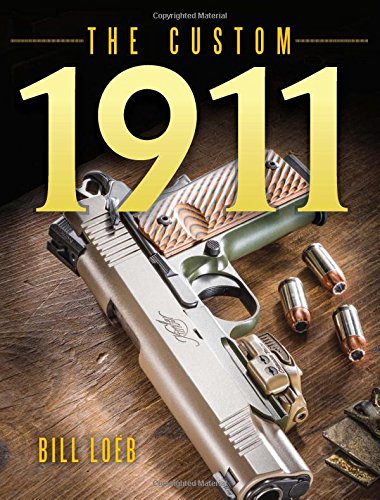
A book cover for The Custom 1911; Bill Loeb; Crafts, Hobbies & Home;